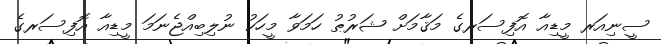
ސީނިއަރ މީޑިއާ އޮފިސަރގެ މަޤާމަށް ޝަރުޠު ހަމަވާ މީހަކު ނުލިބިއްޖެނަމަ މީޑިއާ އޮފިސަރގެ